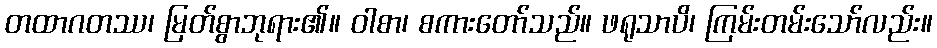
တထာဂတဿ၊ မြတ်စွာဘုရား၏။ ဝါစာ၊ စကားတော်သည်။ ဖရုသာပိ၊ ကြမ်းတမ်းသော်လည်း။